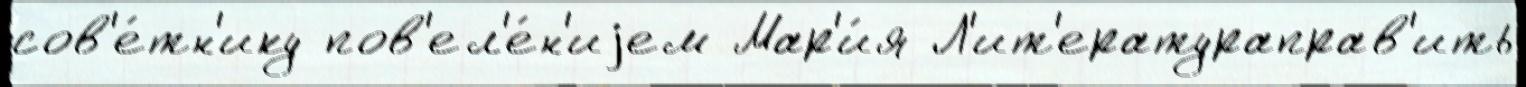
сов'е́тн'ику пов'ел'е́н'иjем Мар'и́я Л'ит'ератураправ'ить